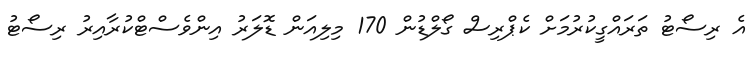
އެ ރިސޯޓު ތަރައްގީކުރުމަށް ކެޕްރިސް ގޯލްޑުން 170 މިލިއަން ޑޮލަރު އިންވެސްޓްކުރާއިރު ރިސޯޓު